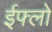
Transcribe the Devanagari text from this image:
ईफ्लो